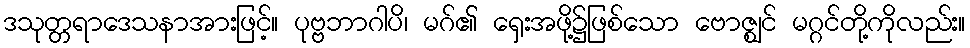
ဒသုတ္တရာဒေသနာအားဖြင့်။ ပုဗ္ဗဘာဂါပိ၊ မဂ်၏ ရှေးအဖို့၌ဖြစ်သော ဗောဇ္ဈင် မဂ္ဂင်တို့ကိုလည်း။